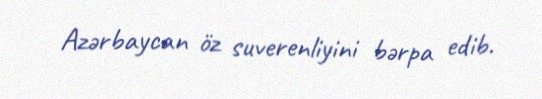
Azərbaycan öz suverenliyini bərpa edib.